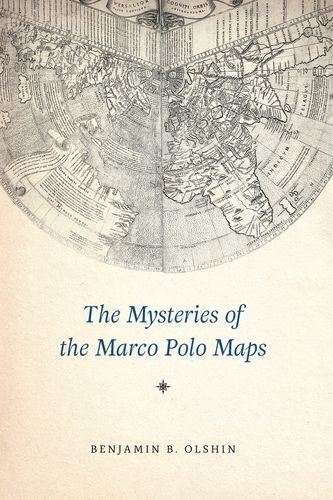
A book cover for The Mysteries of the Marco Polo Maps; Benjamin B. Olshin; Science & Math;